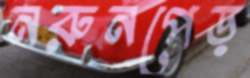
নরুনপেড়